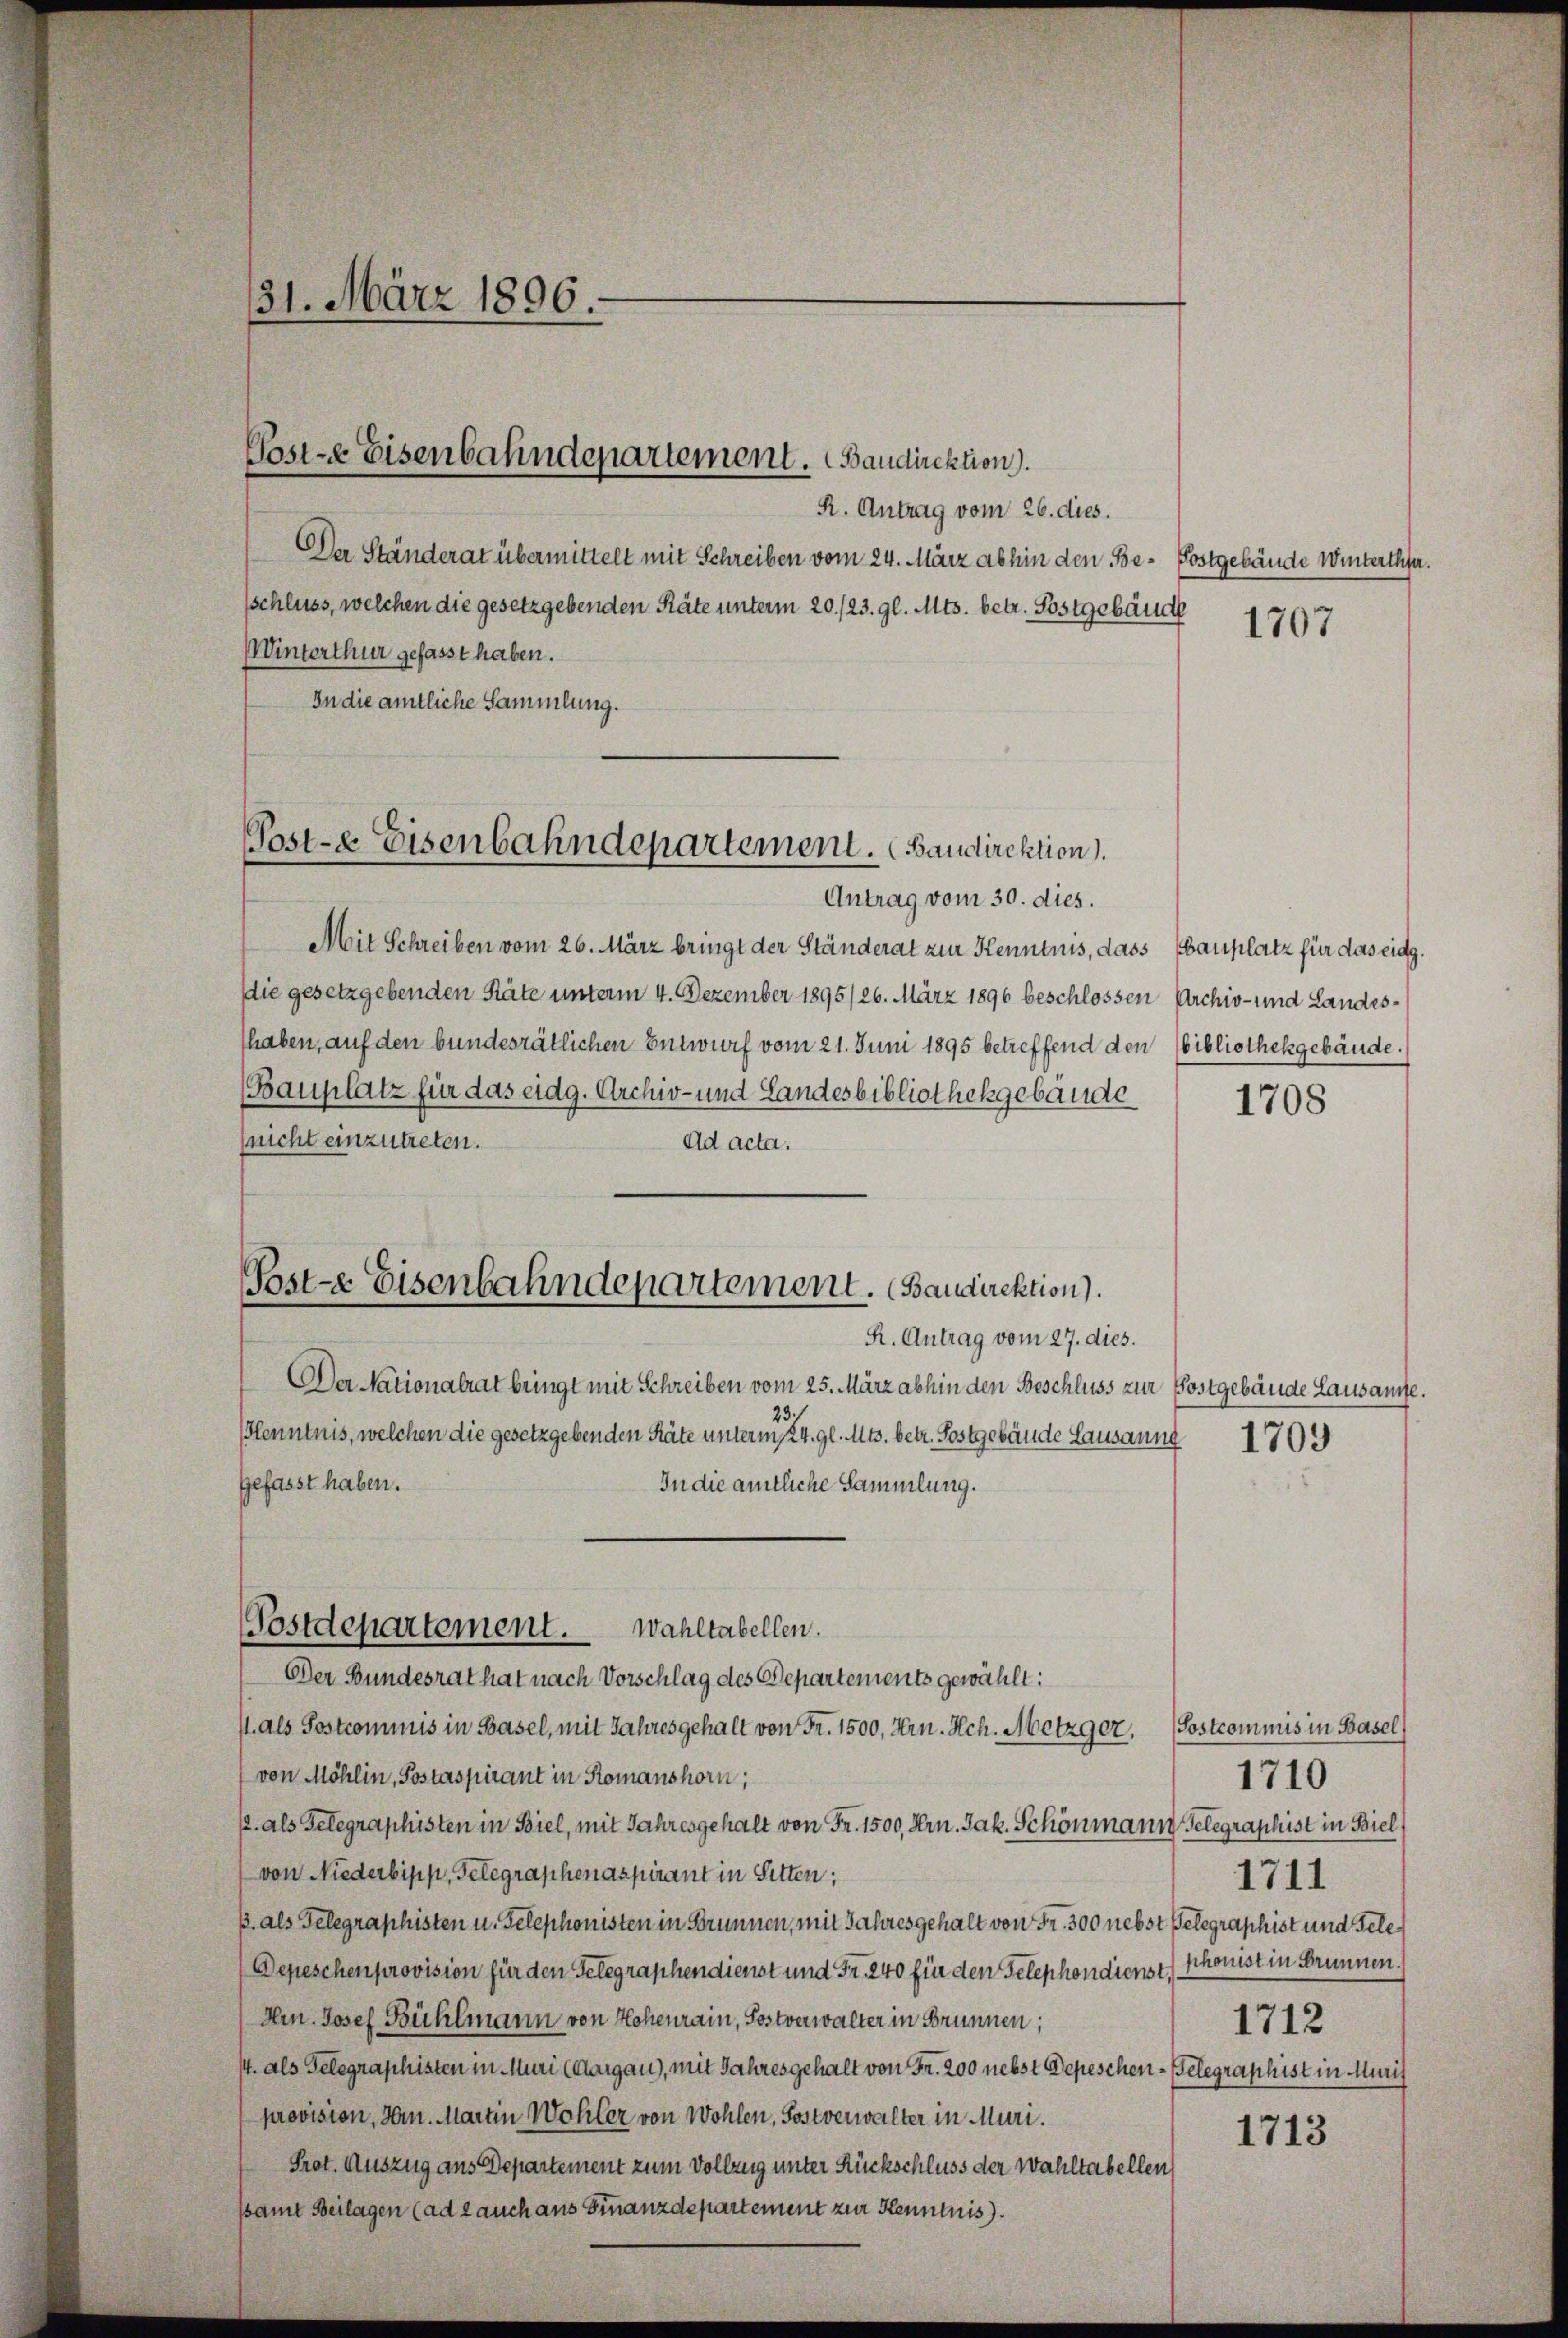
131. März 1896.

R. Antrag vom 26. dies.
Der Ständerat übermittelt mit Schreiben vom 24. März abhin den Be- Postgebäude Winterthe
sschluss, welchen die gesetzgebenden Räte unterm 20./23. gl. Mts. betr. Postgebäude
Winterthur gefasst haben.
In die amtliche Sammlung.
Antrag vom 30. dies.
Mit Schreiben vom 26. März bringt der Ständerat zur Kenntnis, dass Bauplatz für das eidg.
Die gesetzgebenden Räte unterm 4. Dezember 1895/26. März 1896 beschlossen Archiv- und Landesthaben, auf den bundesrätlichen Entwurf vom 21. Juni 1895 betreffend den (bibliothekgebäude.
(Bauplatz für das eidg. Archiv- und Landesbibliothekgebäude
(nicht einzutreten.
Ad acta.
Der Nationalrat bringt mit Schreiben vom 25. März abhin den Beschluss zur Postgebäude Lausante.
23.
Blenntnis, welchen die gesetzgebenden Räte unterm 24. gl. Mts. betr. Postgebäude Lausanne
gefasst haben.
In die amtliche Sammlung.
Postdepartement. Wahltabellen.
Der Bundesrat hat nach Vorschlag des Departements gewählt:
/. als Postcommis in Basel, mit Jahresgehalt von Fr. 1500, Hrn. Hch. Metzger. (Sostcommis in Basel
von Möhlin, Postaspirant in Komanshorn,
/. als Telegraphisten in Biel, mit Jahresgehalt von Fr. 1500, Hrn. Jak. Schönmann Gelegraphist in Biel
von Niederbipp, Gelegraphenaspirant in Sitten;
p. als Telegraphisten u. Telephonisten in Brunnen, mit Jahres gehalt von Fr. 300 nebst Telegraphist und Gele¬
Depeschen provision für den Telegraphendienst und Fr. 240 für den Telephondienst konist in Brunnen.)
Hr. Josef Bühlmann von Hohenrain, Sostverwalter in Brunnen;
4. als Gelegraphisten in Muri (Aargau), mit Jahresgehalt von Fr. 200 nebst Depeschen - Telegraphist in Muris
provision, Hrn. Martin Wohler von Wohlen, Postverwalter in Muri.
Prot. Auszug aus Departement zum Vollzug unter Rückschluss der Wahltabellen
ssamt Beilagen (ad 2 auch aus Finanzdepartement zur Kenntnis

Poste Eisenbahndepartement. Bandirektion.

Post-e Eisenbahndepartement. Bandirektion

Post-e Eisenbahndepartement. Baudirektion).
R. Antrag vom 27. dies.

1708

1709

1710
1711
1712

1707

1713